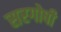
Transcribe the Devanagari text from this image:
सरगोषी